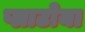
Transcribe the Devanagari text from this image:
प्लाटोया